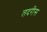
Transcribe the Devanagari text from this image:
तदरीस